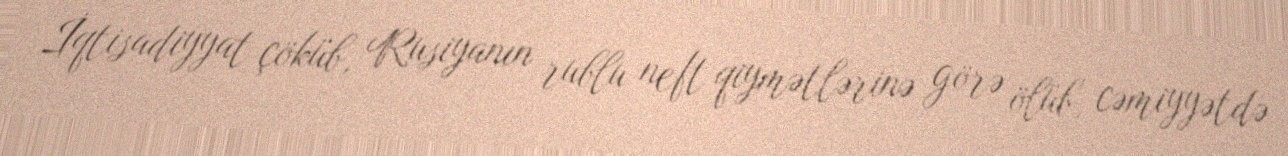
İqtisadiyyat çöküb, Rusiyanın rublu neft qiymətlərinə görə ölüb, cəmiyyətdə